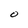
Character: O